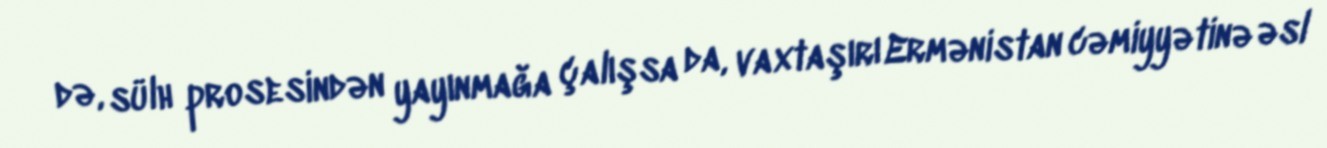
də, sülh prosesindən yayınmağa çalışsa da, vaxtaşırı Ermənistan cəmiyyətinə əsl